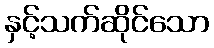
နှင့်သက်ဆိုင်သော